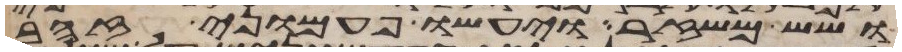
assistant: ושש משזר ויעשו פעמוני זהב